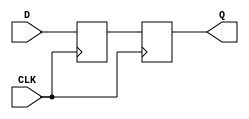
module d_ff_delay (
    input wire D,
    input wire CLK,
    output reg Q
);

reg D_reg;

always @(posedge CLK) begin
    D_reg <= D;
    Q <= D_reg;
end

endmodule